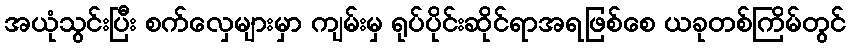
အယုံသွင်းပြီး စက်လှေများမှာ ကျမ်းမှ ရုပ်ပိုင်းဆိုင်ရာအရဖြစ်စေ ယခုတစ်ကြိမ်တွင်